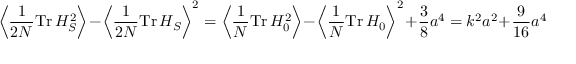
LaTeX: \left\langle \frac { 1 } { 2 N } \mathrm { T r } \, H _ { S } ^ { 2 } \right\rangle - \left\langle \frac { 1 } { 2 N } \mathrm { T r } \, H _ { S } \right\rangle ^ { 2 } = \left\langle \frac { 1 } { N } \mathrm { T r } \, H _ { 0 } ^ { 2 } \right\rangle - \left\langle \frac { 1 } { N } \mathrm { T r } \, H _ { 0 } \right\rangle ^ { 2 } + \frac { 3 } { 8 } a ^ { 4 } = k ^ { 2 } a ^ { 2 } + \frac { 9 } { 1 6 } a ^ { 4 }